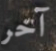
آخر